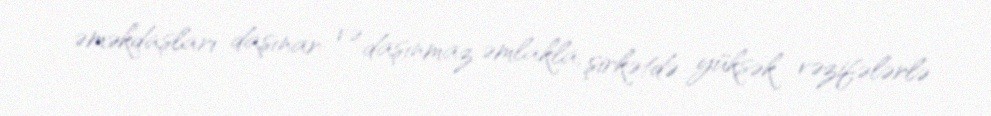
əməkdaşları daşınar və daşınmaz əmlakla, şirkətdə yüksək vəzifələrlə